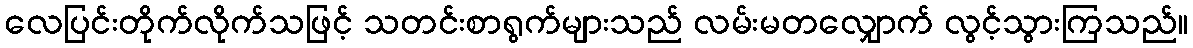
လေပြင်းတိုက်လိုက်သဖြင့် သတင်းစာရွက်များသည် လမ်းမတလျှောက် လွင့်သွားကြသည်။